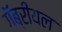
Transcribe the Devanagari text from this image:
गॅब्रीयल